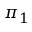
\pi _ { 1 }